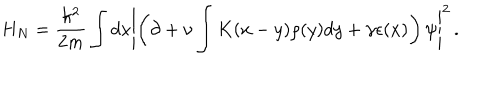
LaTeX: H _ { N } = \frac { \hbar ^ { 2 } } { 2 m } \int d x \left\vert \left( \partial + \nu \int K ( x - y ) \rho ( y ) d y + \gamma \epsilon ( x ) \right) \psi \right\vert ^ { 2 } \, .